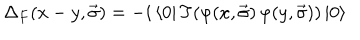
{ \Delta } _ { F } ( x - y , \vec { \sigma } ) = - i \left< 0 \right| T ( \varphi ( x , \vec { \sigma } ) \, \varphi ( y , \vec { \sigma } ) ) \left| 0 \right>